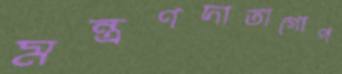
মন্ত্রণদাতাগোপ